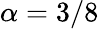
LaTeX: \alpha=3/8